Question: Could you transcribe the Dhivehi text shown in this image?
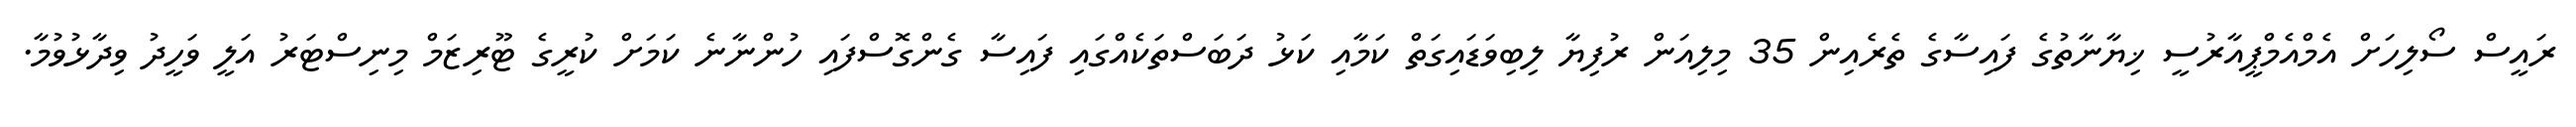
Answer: ރައީސް ސޯލިހަށް އެމްއެމްޕީއާރުސީ ޚިޔާނާތުގެ ފައިސާގެ ތެރެއިން 35 މިލިއަން ރުފިޔާ ލިބިވަޑައިގަތް ކަމާއި ކަޅު ދަބަސްތަކެއްގައި ފައިސާ ގެންގޮސްފައި ހުންނާނެ ކަމަށް ކުރީގެ ޓޫރިޒަމް މިނިސްޓަރު އަލީ ވަހީދު ވިދާޅުވުމާ.